Bulletin of the Pasteur Institute of Southern India, Coonoor - No. 3.
Year: 1910
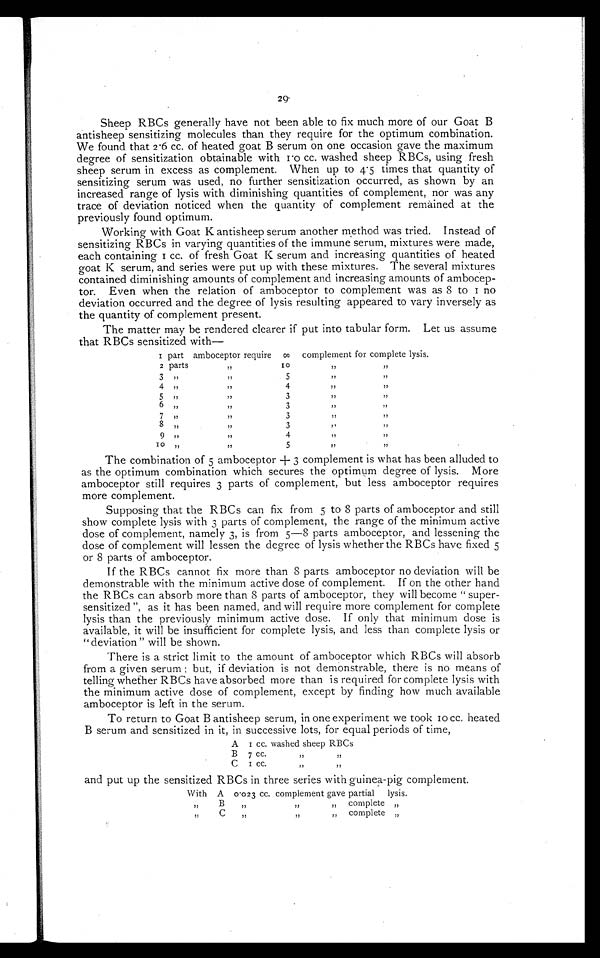
29'
Sheep RBCs generally have not been able to fix much more of our Goat B
antisheep sensitizing molecules than they require for the optimum combination.
We found that 2 . 6 cc. of heated goat B serum on one occasion gave the maximum
degree of sensitization obtainable with 10 cc. washed sheep RBCs, using fresh
sheep serum in excess as complement. When up to 4 . 5 times that quantity of
sensitizing serum was used, no further sensitization occurred, as shown by an
increased range of lysis with diminishing quantities of complement, nor was any
trace of deviation noticed when the quantity of complement remained at the
previously found optimum.
Working with Goat K antisheep serum another method was tried. Instead of
sensitizing RBCs in varying quantities of the immune serum, mixtures were made,
each cont ai ni ng 1 cc. of f r esh Goat K ser um and i ncr easi ng quant i t i es of heat ed
goat K serum, and series were put up with these mixtures. The several mixtures
contained diminishing amounts of complement and increasing amounts of ambocep-
tor. Even when the relation of amboceptor to complement was as 8 to 1 no
deviation occurred and the degree of lysis resulting appeared to vary inversely as
the quantity of complement present.
The matter may be rendered clearer if put into tabular form. Let us assume
that RBCs sensitized with
—
part amboceptor require
∞
complement for complete lysis.
2 parts
,
,
,
3 ,, ,
4 ,, ,
5 ,
6 „
7 ,,
8 ,,
9 ,,
I o
„
, , , , , ,
,,
,
,
, ,
,,
, ,
, ,
5 4 3 3 3 3 4 5
, , , , ,
,
,,
, ,
, ,
, ,
, ,
,,
, ,
,
,,
, ,
, ,
, ,
,,
The combination of 5 amboceptor 3 complement is what has been alluded to
as the optimum combination which secures the optimum degree of lysis. More
amboceptor still requires 3 parts of complement, but less amboceptor requires
more complement.
Supposing that the RBCs can fix from 5 to 8 parts of amboceptor and still
show complete lysis with 3 parts of complement, the range of the minimum active
dose of complement, namely 3, is from 5—8 parts amboceptor, and lessening the
dose of complement will lessen the degree of lysis whether the RBCs have fixed 5
or 8 parts of amboceptor.
If the RBCs cannot fix more than 8 parts amboceptor no deviation will be
demonstrable with the minimum active dose of complement. If on the other hand
the RBCs can absorb more than 8 parts of amboceptor, they will become "super-
sensitized", as it has been named, and will require more complement for complete
lysis than the previously minimum active dose. If only that minimum dose is
available, it will be insufficient for complete lysis, and less than complete lysis or
" deviation " will be shown.
There is a strict limit to the amount of amboceptor which RBCs will absorb
from a given serum; but, if deviation is not demonstrable, there is no means of
telling whether RBCs have absorbed more than is required for complete lysis with
the minimum active dose of complement, except by finding how much available
amboceptor is left in the serum.
To return to Goat B antisheep serum, in one experiment we took 10 cc. heated
B serum and sensitized in it, in successive lots, for equal periods of time,
1 cc. washed sheep RBCs
B 7 CC.
, ,
,,
1 cc.
,
, ,
With A o . o23 cc. complement gave partial
lysis.
,,
B
, ,
,
,
complete „
,,
C
„
,,
„
complete „